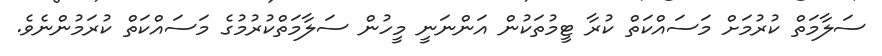
ސަލާމަތް ކުރުމަށް މަސައްކަތް ކުރާ ޓީމުތަކުން އަންނަނީ މީހުން ސަލާމަތްކުރުމުގެ މަސައްކަތް ކުރަމުންނެވެ.